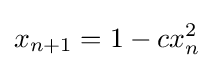
{\displaystyle x_{n+1}=1-cx_{n}^{2}}